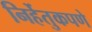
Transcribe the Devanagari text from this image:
निर्हेतुकपणे